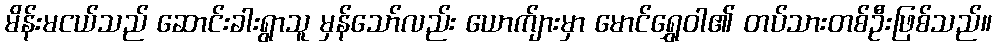
မိန်းမငယ်သည် ဆောင်းခါးရွာသူ မှန်သော်လည်း ယောက်ျားမှာ မောင်ရွှေဝါ၏ တပ်သားတစ်ဦးဖြစ်သည်။